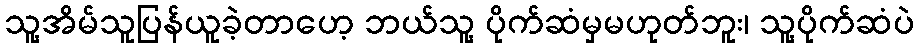
သူ့အိမ်သူပြန်ယူခဲ့တာဟေ့ ဘယ်သူ့ ပိုက်ဆံမှမဟုတ်ဘူး၊ သူ့ပိုက်ဆံပဲ